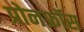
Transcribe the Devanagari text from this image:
प्रोनफ्रॉस